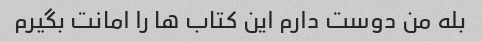
بله من دوست دارم این کتاب ها را امانت بگیرم